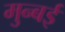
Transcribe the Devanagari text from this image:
मुन्बई